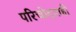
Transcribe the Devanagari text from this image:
परिच्छेदातही